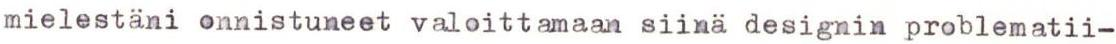
mielestäni onnistuneet valoittamaan siinä designin problematii-